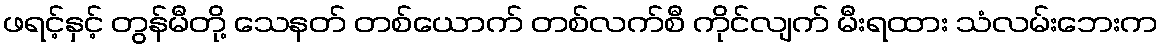
ဖရင့်နှင့် တွန်မီတို့ သေနတ် တစ်ယောက် တစ်လက်စီ ကိုင်လျက် မီးရထား သံလမ်းဘေးက